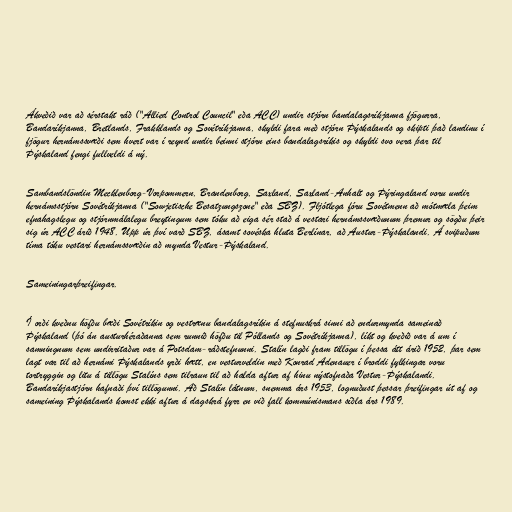
Ákveðið var að sérstakt ráð ("Allied Control Council" eða ACC) undir stjórn bandalagsríkjanna fjögurra,
Bandaríkjanna, Bretlands, Frakklands og Sovétríkjanna, skyldi fara með stjórn Þýskalands og skipti það landinu í
fjögur hernámssvæði sem hvert var í reynd undir beinni stjórn eins bandalagsríkis og skyldi svo vera þar til
Þýskaland fengi fullveldi á ný.

Sambandslöndin Mecklenborg-Vorpommern, Brandenborg, Saxland, Saxland-Anhalt og Þýringaland voru undir
hernámsstjórn Sovétríkjanna ("Sowjetische Besatzungszone" eða SBZ). Fljótlega fóru Sovétmenn að mótmæla þeim
efnahagslegu og stjórnmálalegu breytingum sem tóku að eiga sér stað á vestari hernámssvæðunum þremur og sögðu þeir
sig úr ACC árið 1948. Upp úr því varð SBZ, ásamt sovéska hluta Berlínar, að Austur-Þýskalandi. Á svipuðum
tíma tóku vestari hernámssvæðin að mynda Vestur-Þýskaland.

Sameiningarþreifingar.

Í orði kveðnu höfðu bæði Sovétríkin og vestrænu bandalagsríkin á stefnuskrá sinni að endurmynda sameinað
Þýskaland (þó án austurhéraðanna sem runnið höfðu til Póllands og Sovétríkjanna), líkt og kveðið var á um í
samningnum sem undirritaður var á Potsdam-ráðstefnunni. Stalín lagði fram tillögu í þessa átt árið 1952, þar sem
lagt var til að hernámi Þýskalands yrði hætt, en vesturveldin með Konrad Adenauer í broddi fylkingar voru
tortryggin og litu á tillögu Stalíns sem tilraun til að halda aftur af hinu nýstofnaða Vestur-Þýskalandi.
Bandaríkjastjórn hafnaði því tillögunni. Að Stalín látnum, snemma árs 1953, lognuðust þessar þreifingar út af og
sameining Þýskalands komst ekki aftur á dagskrá fyrr en við fall kommúnismans síðla árs 1989.